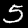
Digit: 5